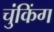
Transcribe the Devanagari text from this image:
चुंकिंग